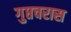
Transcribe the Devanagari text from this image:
गुप्तचरास